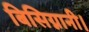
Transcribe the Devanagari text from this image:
बिसिग्नानी।